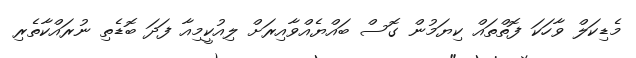
މެޑިކަލް ވާހަކަ ފޮތްތައް ކިޔަމުން ގޮސް ބައްޔެއްވާއިރަށް ލިއުކީމިއާ ފަދަ ބޮޑެތި ނުރައްކާތެރި